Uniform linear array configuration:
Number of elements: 12
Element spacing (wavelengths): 0.25
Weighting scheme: uniform
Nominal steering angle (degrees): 60
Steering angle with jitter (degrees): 59.634
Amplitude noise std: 0.05
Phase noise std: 0.05

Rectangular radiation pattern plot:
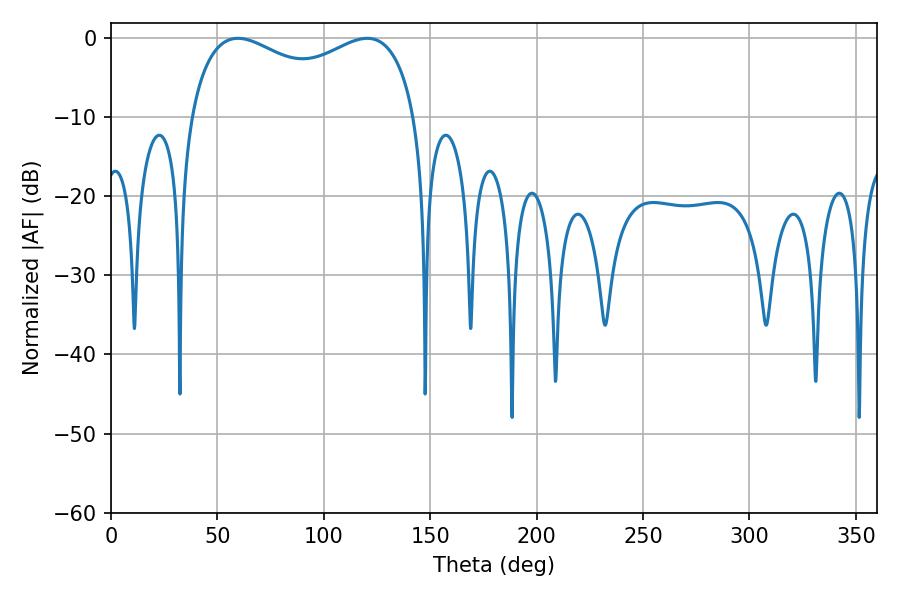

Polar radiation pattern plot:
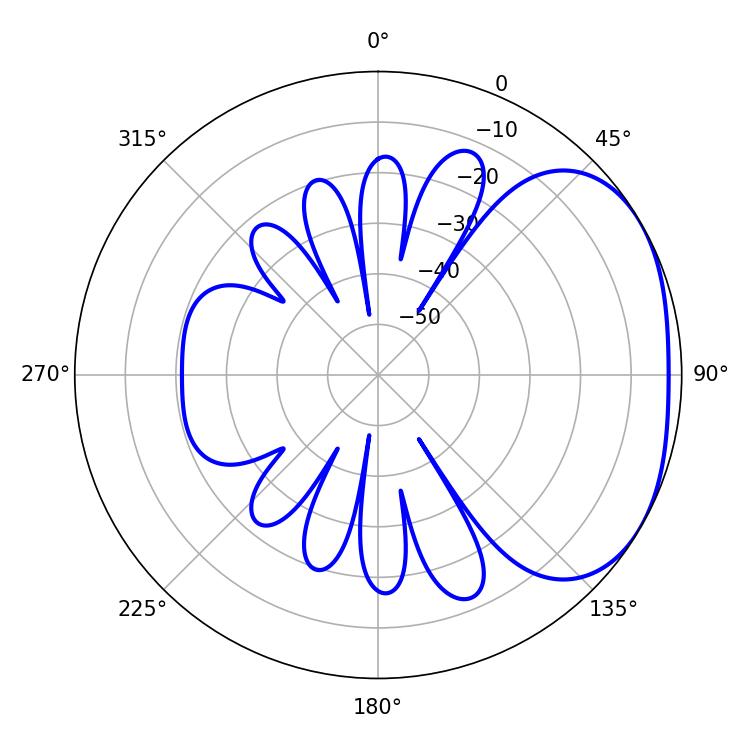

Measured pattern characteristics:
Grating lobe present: FALSE
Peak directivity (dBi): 2.497
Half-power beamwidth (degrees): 88.56
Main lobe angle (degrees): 59.58